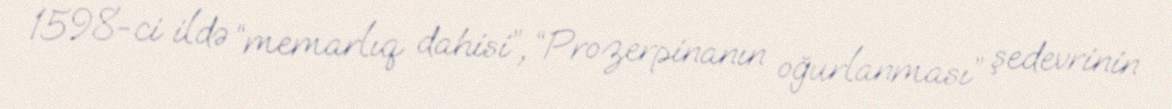
1598-ci ildə “memarlıq dahisi”, “Prozerpinanın oğurlanması” şedevrinin